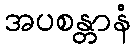
အပစန္တာနံ